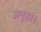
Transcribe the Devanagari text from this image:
अनूठा।